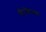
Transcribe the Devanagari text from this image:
फेंकिल्या